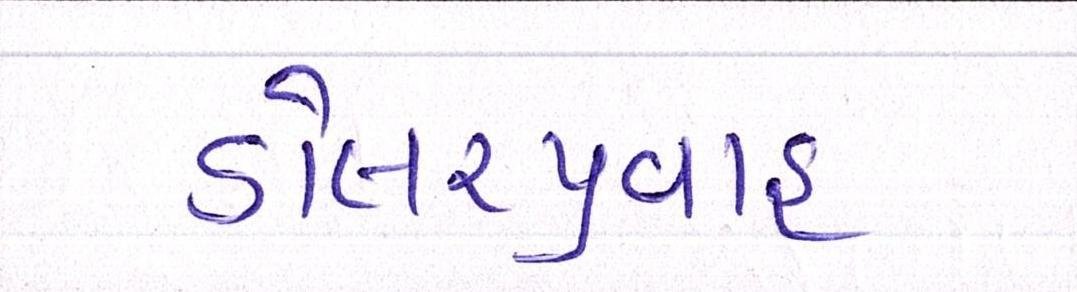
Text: ડોલરપ્રવાહ